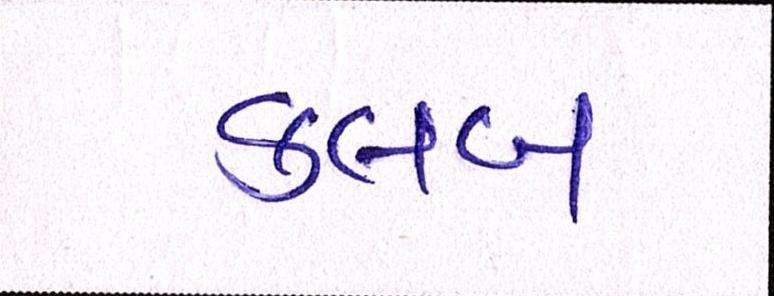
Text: ક્લબ